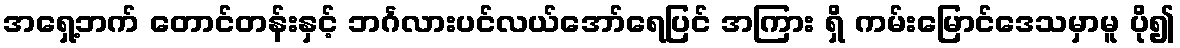
အရှေ့ဘက် တောင်တန်းနှင့် ဘင်္ဂလားပင်လယ်အော်ရေပြင် အကြား ရှိ ကမ်းမြောင်ဒေသမှာမူ ပို၍